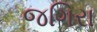
જગિરા